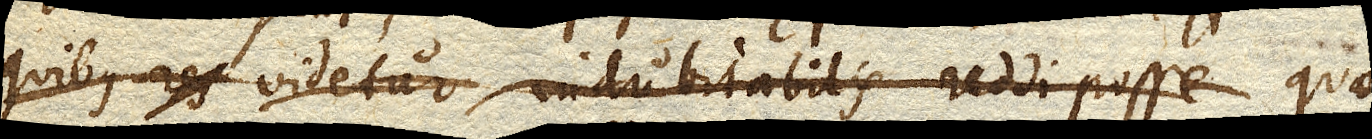
quibus res videtur indubitabilis reddi posse quae